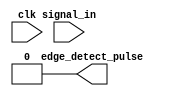
module edge_detector #(
    parameter width = 1
)(
    input clk,
    input [width-1:0] signal_in,
    output [width-1:0] edge_detect_pulse
);
    // The edge detector takes a bus of 1-bit signals and looks for a low to high (0 -> 1)
    // logic transition. It outputs a 1 clock cycle wide pulse if a transition is detected.
    // Remove this line once you have implemented this module.
    assign edge_detect_pulse = 0;
endmodule